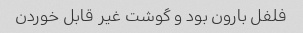
فلفل بارون بود و گوشت غیر قابل خوردن